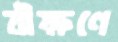
বীক্ষণে